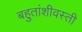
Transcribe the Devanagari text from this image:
बहुतांशीवस्ती